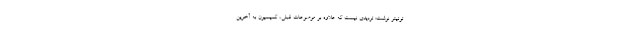
توئیتر نوشت: تردیدی نیست که علاوه بر موضوعات قبلی، کمیسیون به آخرین